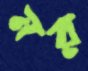
নর